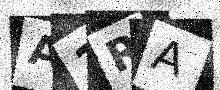
Text: A1RA